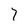
Character: 7